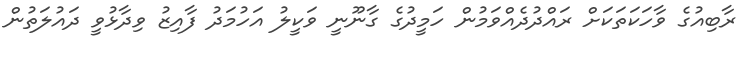
ރާބިއުގެ ވާހަކަތަކަށް ރައްދުދެއްވަމުން ހަމީދުގެ ގާނޫނީ ވަކީލު އަހުމަދު ފާއިޒު ވިދާޅުވީ ދައުލަތުން